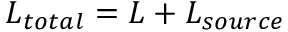
{ \cal L } _ { t o t a l } = { \cal L } + { \cal L } _ { s o u r c e }